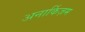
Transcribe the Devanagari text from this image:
अनार्किज़म